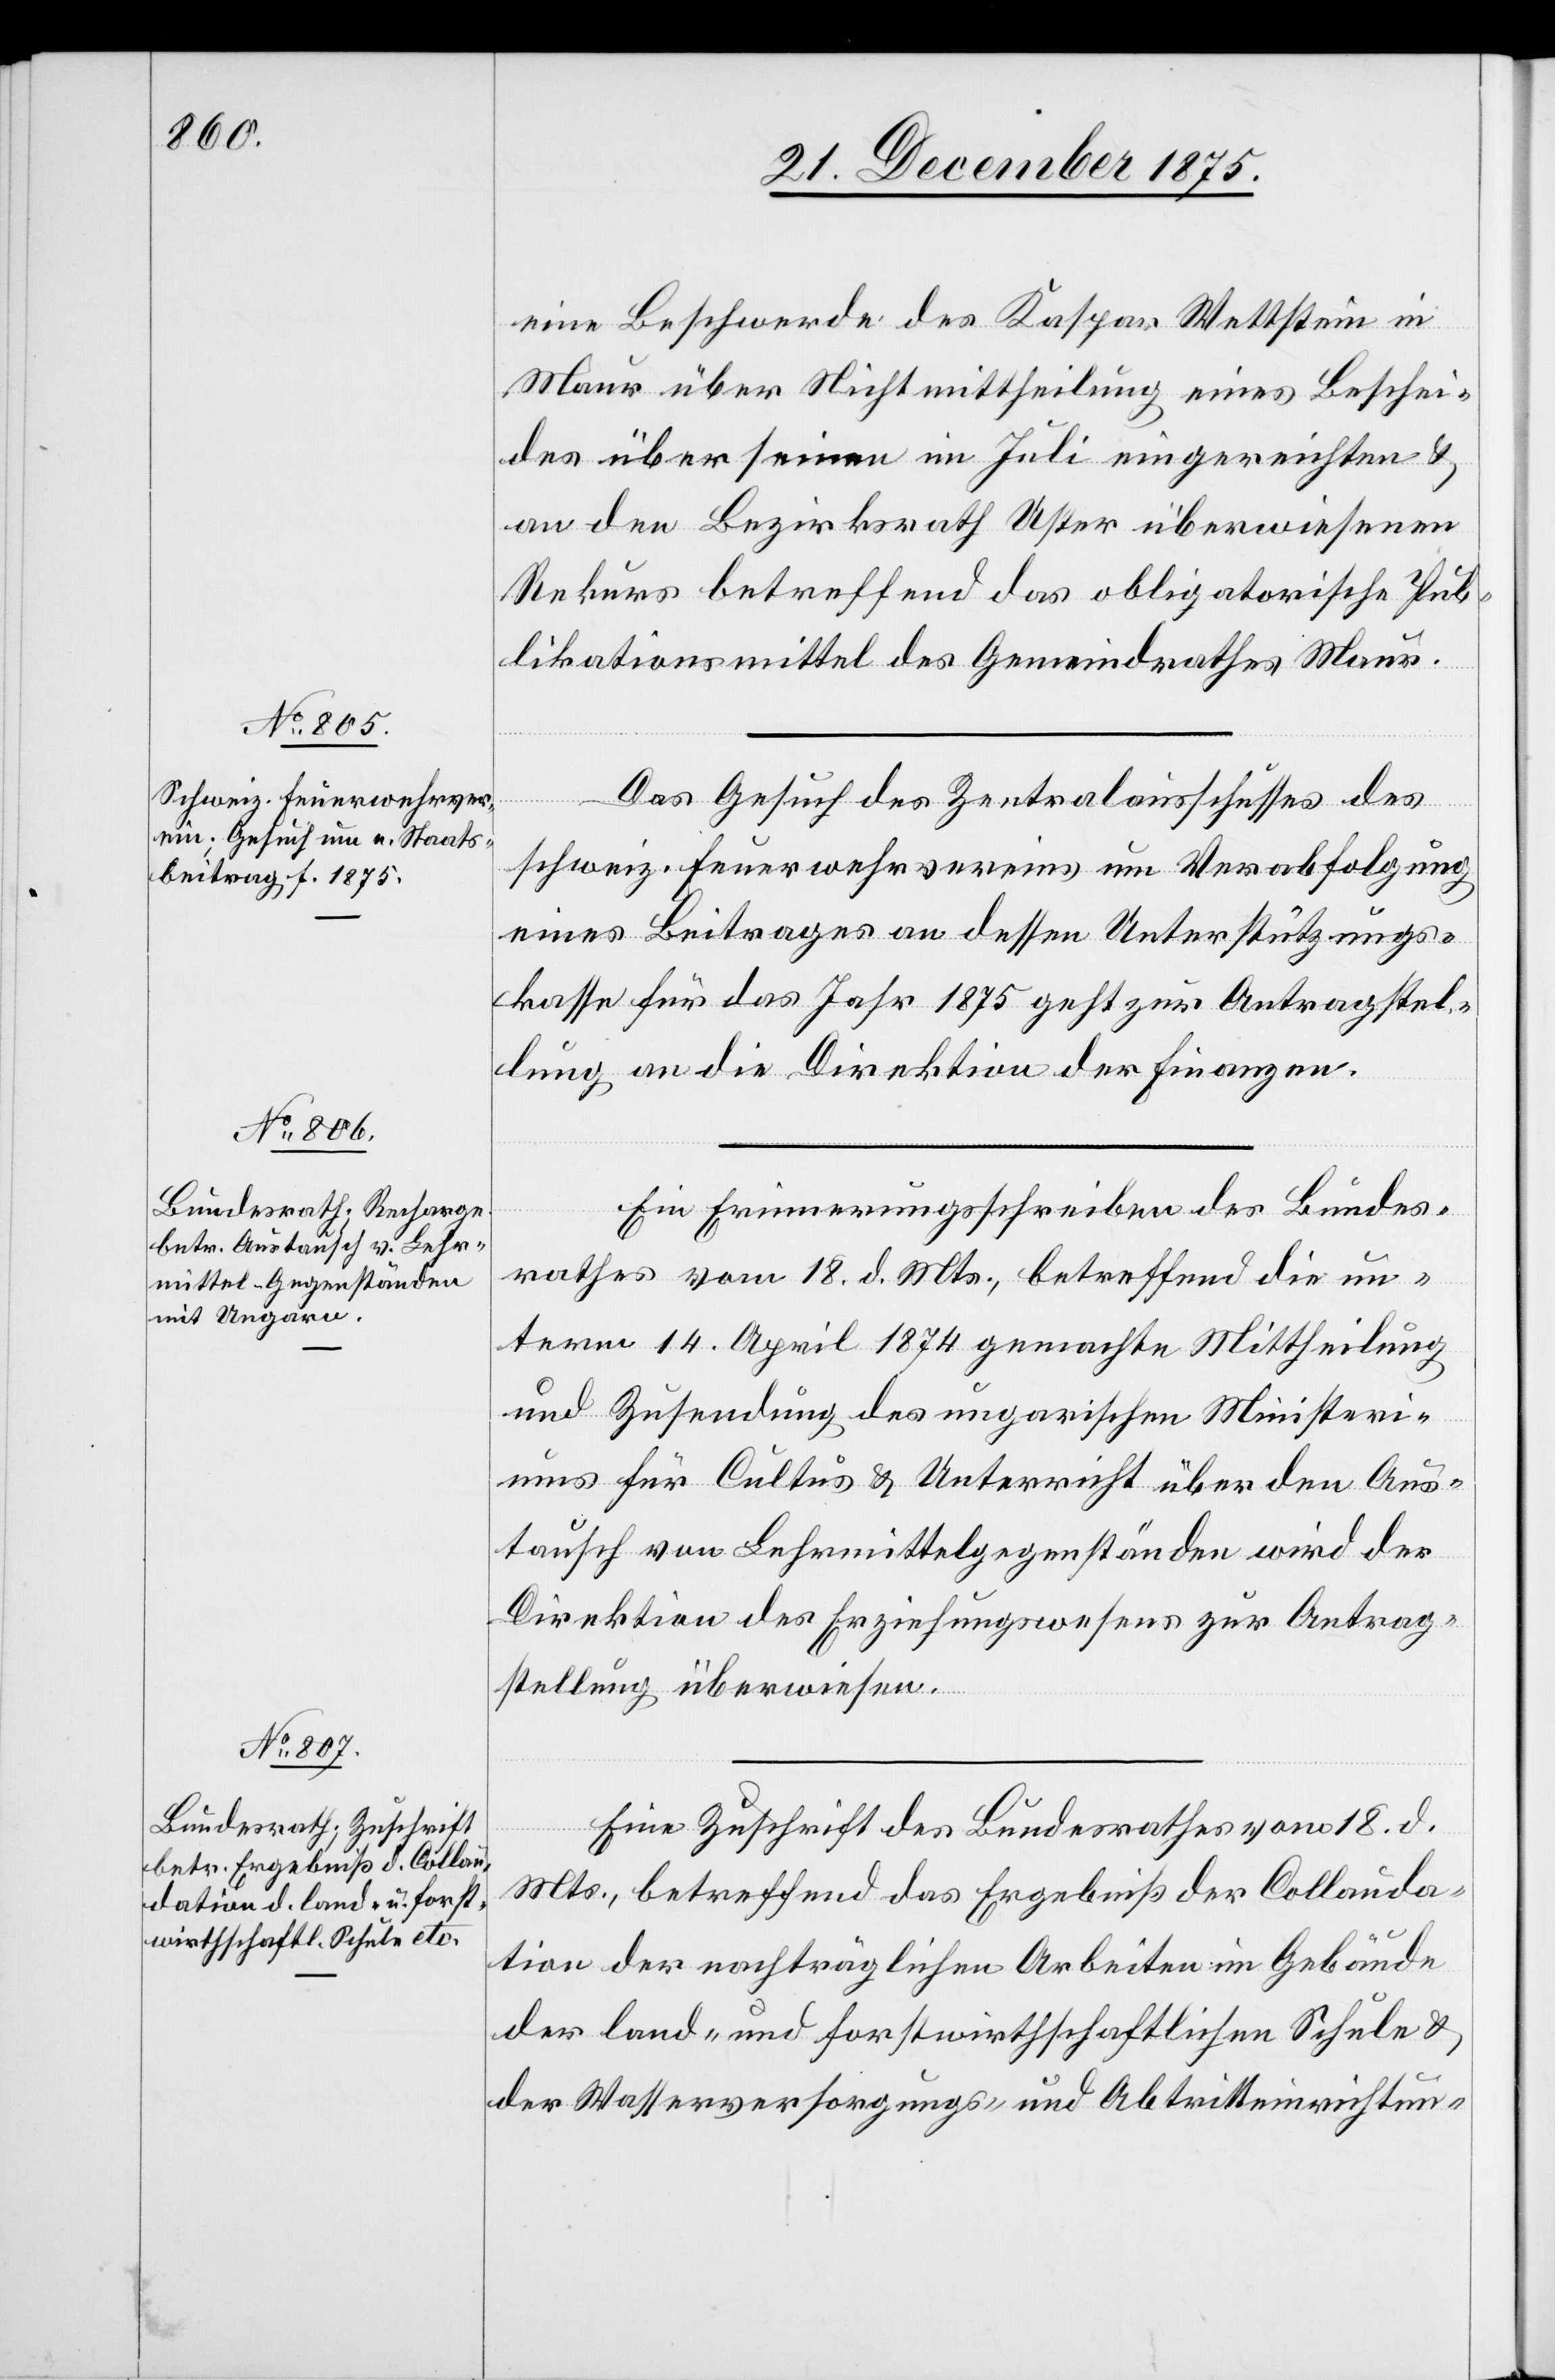
23. December 1875.]
eine Beschwerde des Kaspar Wettstein in
Maur über Nichtmittheilung eines Beschei¬
des über seinen im Juli eingereichten &
an den Bezirksrath Uster überwiesenen
Rekurs betreffend das obligatorische Pub¬
likationsmittel des Gemeindrathes Maur.
Das Gesuch des Zentralausschusses des
schweiz. Feuerwehrvereins um Verabfolgung
eines Beitrages an dessen Unterstützungs¬
kasse für das Jahr 1875 geht zur Antragstel¬
lung an die Direktion der Finanzen.
Ein Erinnerungsschreiben des Bundes¬
rathes vom 18. d. Mts., betreffend die un¬
term 14. April 1874 gemachte Mittheilung
und Zusendung des ungarischen Ministeri¬
ums für Cultus & Unterricht über den Aus¬
tausch von Lehrmittelgegenständen wird der
Direktion des Erziehungswesens zur Antrag¬
stellung überwiesen.
Eine Zuschrift des Bundesrathes vom 18. d.
Mts., betreffend das Ergebniß der Collauda¬
tion der nachträglichen Arbeiten im Gebäude
der land- und forstwirthschaftlichen Schule &
der Wasserversorgungs- und Abtritteinrichtun-